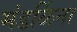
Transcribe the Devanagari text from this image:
मंडळिंना